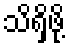
သိရှိဖို့